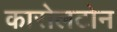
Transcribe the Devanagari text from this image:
कारोलटोन